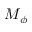
M _ { \phi }